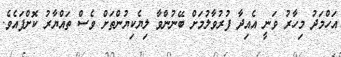
އަހްމަދު މިހާރު ވަނީ އެއިދާ ފުރުވާލުމަށް ބޭނުންވާ ލިޔެކިޔުންތަށް ވެސް ތައްޔާރު ކޮށްފައެވެ.